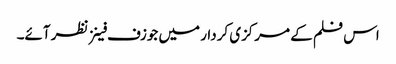
اس فلم کے مرکزی کردار میں جوزف فینز نظر آئے۔